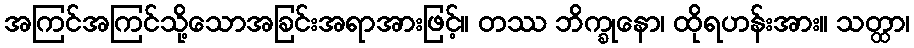
အကြင်အကြင်သို့သောအခြင်းအရာအားဖြင့်။ တဿ ဘိက္ခုနော၊ ထိုရဟန်းအား။ သတ္ထာ၊